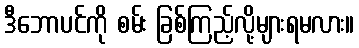
ဒီဘောပင်ကို စမ်း ခြစ်ကြည့်လို့များရမလား။